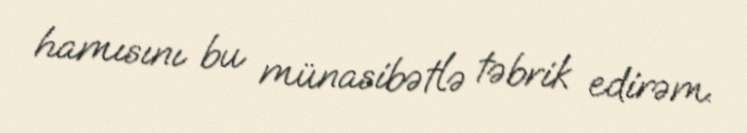
hamısını bu münasibətlə təbrik edirəm.